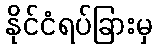
နိုင်ငံရပ်ခြားမှ